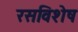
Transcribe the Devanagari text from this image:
रसविशेष